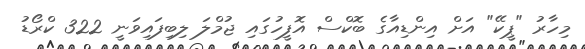
މިހާރު "ޕީކޭ" އަށް އިންޑިއާގެ ބޮކްސް އޮފީހުގައި ޖުމްލަ ލިބިފައިވަނީ 322 ކްރޯޑު